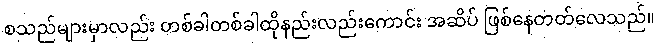
စသည်များမှာလည်း တစ်ခါတစ်ခါထိုနည်းလည်းကောင်း အဆိပ် ဖြစ်နေတတ်လေသည်။